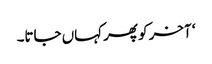
‘ آخر کو پھر کہاں جاتا۔